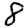
Digit: 8